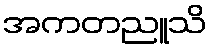
အကတညူသိ